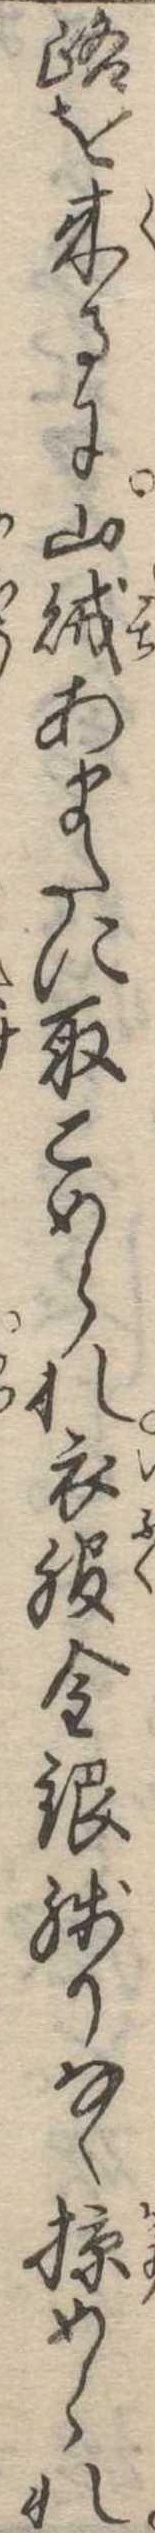
路を来るに山財あまたに取こめられ衣服金銀残りなく掠められ